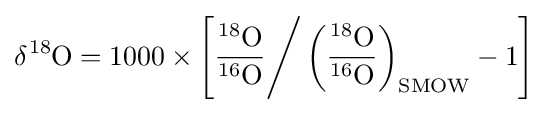
\delta {\ce {^{18}O}}=1000\times \left[{\ce {{\frac {^{18}O}{^{16}O}}}}{\Bigg /}\left({\ce {{\frac {^{18}O}{^{16}O}}}}\right)_{{\ce {SMOW}}}-1\right]